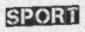
SPORT